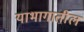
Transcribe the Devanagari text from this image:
याभागातील